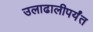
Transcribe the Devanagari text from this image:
उलाढालीपर्यंत